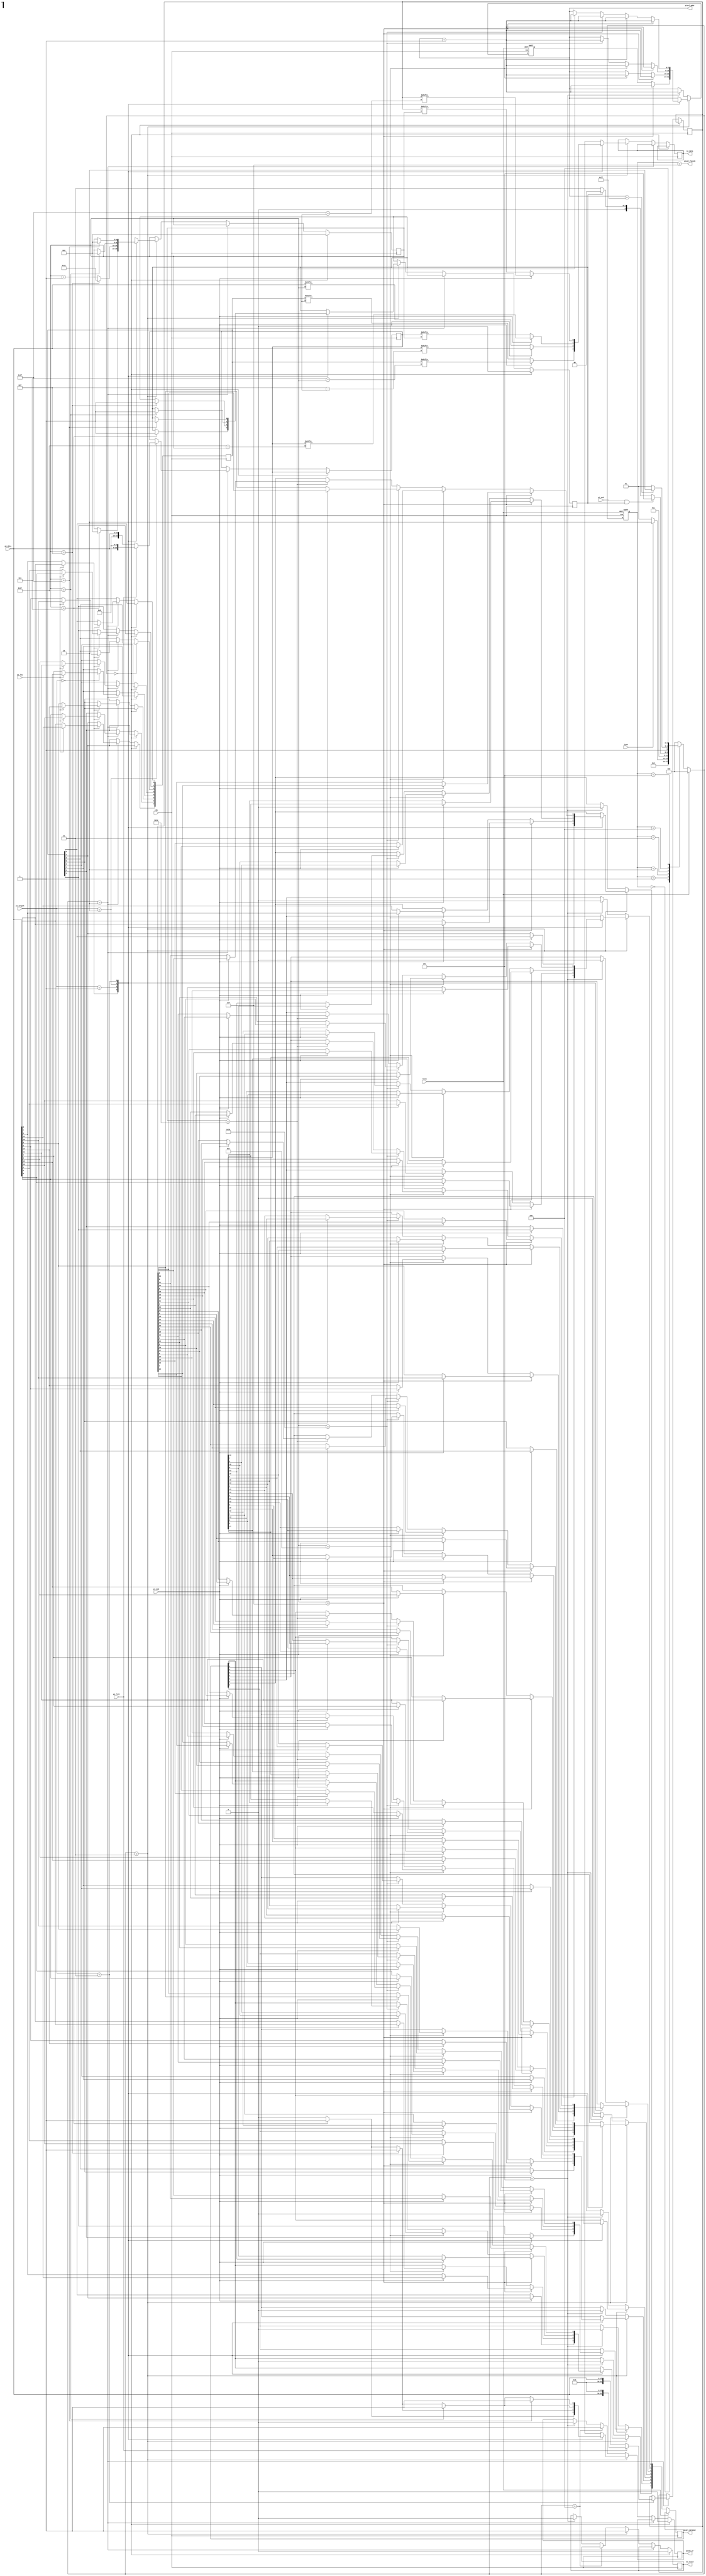
module STI_DAC(clk ,reset, load, pi_data, pi_length, pi_fill, pi_msb, pi_low, pi_end,
	       so_data, so_valid,
	       pixel_finish, pixel_dataout, pixel_addr,
	       pixel_wr);

input		clk, reset;
input		load, pi_msb, pi_low, pi_end; 
input	[15:0]	pi_data;
input	[1:0]	pi_length;
input		pi_fill;
output reg	so_data, so_valid;

output  pixel_finish;
output reg pixel_wr;
output reg [7:0] pixel_addr;
output reg [7:0] pixel_dataout;

//==============================================================================

reg [2:0]state, next_state;
parameter IDLE = 3'd0,
	  READ = 3'd1,
	  CAL = 3'd2,
	  STI_OUT = 3'd3,
	  FINISH_0 = 3'd4,
	  TEST = 3'd5,
	  FINISH = 3'd6;

// reg pi_fill, pi_msb, pi_low;
// reg [1:0] pi_length;

reg [7:0] _8bits_data;
// reg [15:0] pi_data;
reg [23:0] _24bits_data;
reg [31:0] _32bits_data;
reg [4:0] counter;
reg done;

// assign pixel_wr  = (counter == 7 || counter == 15 || counter == 23 || counter == 31 || state == FINISH_0);
assign pixel_finish = (state == FINISH);


always@(posedge clk or posedge reset)begin
    if(reset)
        state <= IDLE;
    else 
        state <= next_state;
end

always@(*)begin
    if(reset)
        next_state = IDLE;
    else begin
        case(state)
            IDLE:
                next_state = READ;
            READ:begin
               if(load == 1) next_state = CAL;
			   else next_state = READ;  
            end
            CAL:begin
				next_state = STI_OUT;
            end 
            STI_OUT:begin
                if(pi_end == 1 && done == 1) next_state = TEST;
				else if(done == 1) next_state = IDLE;
				else next_state = STI_OUT;
			end
			FINISH_0:begin
				if(pixel_addr == 255) next_state = FINISH;
				else next_state = TEST;
			end
			TEST:	next_state = FINISH_0;
            default:    next_state = IDLE;
        endcase	
    end 
end


//pi_data INPUT
always@(posedge clk)begin
	if(next_state == IDLE)begin
		so_valid <= 0;
		counter <= 0;
		done <= 0;
		pixel_wr <= 0;
	end
	// else if(next_state == READ)begin
	// 	// pi_data <= pi_data;
	// 	// pi_length <= pi_length;
	// 	// pi_fill <= pi_fill;	//CAL && (24bits or 32 bits)
	// 	// pi_msb <= pi_msb;		//OUT
	// 	// pi_low <= pi_low;		//CAL && 8bits
	// 	done <= 0;
	// end
	else if(next_state == CAL)begin
		case(pi_length)
			0:begin	//8
				if(pi_low == 1)begin
					_8bits_data[0] <= pi_data[8];
					_8bits_data[1] <= pi_data[9];
					_8bits_data[2] <= pi_data[10];
					_8bits_data[3] <= pi_data[11];
					_8bits_data[4] <= pi_data[12];
					_8bits_data[5] <= pi_data[13];
					_8bits_data[6] <= pi_data[14];
					_8bits_data[7] <= pi_data[15];
				end
				else begin
					_8bits_data[0] <= pi_data[0];
					_8bits_data[1] <= pi_data[1];
					_8bits_data[2] <= pi_data[2];
					_8bits_data[3] <= pi_data[3];
					_8bits_data[4] <= pi_data[4];
					_8bits_data[5] <= pi_data[5];
					_8bits_data[6] <= pi_data[6];
					_8bits_data[7] <= pi_data[7];
				end
			end
			1:begin	//16
				//pi_data <= pi_data;
			end
			2:begin	//24
				if(pi_fill == 1)
					_24bits_data <= {pi_data, 8'd0};
				else 
					_24bits_data <= {8'd0, pi_data};
			end
			3:begin	//32
				if(pi_fill == 1)
					_32bits_data <= {pi_data, 16'd0};
				else 
					_32bits_data <= {16'd0, pi_data};
			end
		endcase
	end
	else if(next_state == STI_OUT)begin
		so_valid <= 1;
		case(pi_length)
			0:begin
				if(pi_msb == 1)
					so_data <= _8bits_data[5'd7-counter];
				else 
					so_data <= _8bits_data[counter];

				if(counter == 7)begin
					done <= 1;
					pixel_wr <= 1;
					// pixel_addr <= pixel_addr + 8'd1;
					counter <= 0;
				end
				else begin
					pixel_wr <= 0;
					counter <= counter + 1;
				end
			end
			1:begin
				if(pi_msb == 1)
					so_data <= pi_data[5'd15-counter];
				else 
					so_data <= pi_data[counter];

				if(counter == 15)begin
					done <= 1;
					pixel_wr <= 1;
					// pixel_addr <= pixel_addr + 8'd1;
					counter <= 17;
				end
				else if(counter == 7)begin
					pixel_wr <= 1;
					// pixel_addr <= pixel_addr + 8'd1;
					counter <= counter + 1;
				end
				else begin
					pixel_wr <= 0;
					counter <= counter + 1;
				end
			end
			2:begin
				if(pi_msb == 1)
					so_data <= _24bits_data[5'd23-counter];
				else 
					so_data <= _24bits_data[counter];

				if(counter == 23)begin
					done <= 1;
					pixel_wr <= 1;
					// pixel_addr <= pixel_addr + 8'd1;
					counter <= 0;
				end
				else if(counter == 15)begin
					pixel_wr <= 1;
					// pixel_addr <= pixel_addr + 8'd1;
					counter <= counter + 1;
				end
				else if(counter == 7)begin
					pixel_wr <= 1;
					// pixel_addr <= pixel_addr + 8'd1;
					counter <= counter + 1;
				end
				else begin
					pixel_wr <= 0;
					counter <= counter + 1;
				end
			end
			3:begin
				if(pi_msb == 1)
					so_data <= _32bits_data[5'd31-counter];
				else 
					so_data <= _32bits_data[counter];

				if(counter == 31)begin
					done <= 1;
					pixel_wr <= 1;
					// pixel_addr <= pixel_addr + 8'd1;
					counter <= 0;
				end
				else if(counter == 23)begin
					pixel_wr <= 1;
					// pixel_addr <= pixel_addr + 8'd1;
					counter <= counter + 1;
				end
				else if(counter == 15)begin
					pixel_wr <= 1;
					// pixel_addr <= pixel_addr + 8'd1;
					counter <= counter + 1;
				end
				else if(counter == 7)begin
					pixel_wr <= 1;
					// pixel_addr <= pixel_addr + 8'd1;
					counter <= counter + 1;
				end
				else begin 
					pixel_wr <= 0;
					counter <= counter + 1;
				end
			end
		endcase
	end
	else if(next_state == FINISH_0)begin
		
		pixel_wr <= 1;
		// pixel_addr <= pixel_addr + 8'd1;
	end
	else if(next_state == TEST)begin
		pixel_wr <= 0;
		so_valid <= 0;
	end
end

always@(posedge clk or posedge reset)begin
	if(reset)
		pixel_addr <= 8'd255;
	else begin
		if(next_state == STI_OUT)begin
			case(pi_length)
				0:begin
					if(pi_msb == 1)begin
						pixel_dataout[0] <= _8bits_data[0];
						pixel_dataout[1] <= _8bits_data[1];
						pixel_dataout[2] <= _8bits_data[2];
						pixel_dataout[3] <= _8bits_data[3];
						pixel_dataout[4] <= _8bits_data[4];
						pixel_dataout[5] <= _8bits_data[5];
						pixel_dataout[6] <= _8bits_data[6];
						pixel_dataout[7] <= _8bits_data[7];
					end
					else begin
						pixel_dataout[0] <= _8bits_data[7];
						pixel_dataout[1] <= _8bits_data[6];
						pixel_dataout[2] <= _8bits_data[5];
						pixel_dataout[3] <= _8bits_data[4];
						pixel_dataout[4] <= _8bits_data[3];
						pixel_dataout[5] <= _8bits_data[2];
						pixel_dataout[6] <= _8bits_data[1];
						pixel_dataout[7] <= _8bits_data[0];
					end
					if(counter == 6)
						pixel_addr <= pixel_addr + 8'd1;
				end
				1:begin
					if(counter == 6)begin
						if(pi_msb == 1)begin
							pixel_dataout[0] <= pi_data[8];
							pixel_dataout[1] <= pi_data[9];
							pixel_dataout[2] <= pi_data[10];
							pixel_dataout[3] <= pi_data[11];
							pixel_dataout[4] <= pi_data[12];
							pixel_dataout[5] <= pi_data[13];
							pixel_dataout[6] <= pi_data[14];
							pixel_dataout[7] <= pi_data[15];
						end
						else begin
							pixel_dataout[0] <= pi_data[7];
							pixel_dataout[1] <= pi_data[6];
							pixel_dataout[2] <= pi_data[5];
							pixel_dataout[3] <= pi_data[4];
							pixel_dataout[4] <= pi_data[3];
							pixel_dataout[5] <= pi_data[2];
							pixel_dataout[6] <= pi_data[1];
							pixel_dataout[7] <= pi_data[0];
						end
						pixel_addr <= pixel_addr + 8'd1;
					end
					else if(counter == 14)begin
						if(pi_msb == 1)begin
							pixel_dataout[0] <= pi_data[0];
							pixel_dataout[1] <= pi_data[1];
							pixel_dataout[2] <= pi_data[2];
							pixel_dataout[3] <= pi_data[3];
							pixel_dataout[4] <= pi_data[4];
							pixel_dataout[5] <= pi_data[5];
							pixel_dataout[6] <= pi_data[6];
							pixel_dataout[7] <= pi_data[7];
						end
						else begin
							pixel_dataout[0] <= pi_data[15];
							pixel_dataout[1] <= pi_data[14];
							pixel_dataout[2] <= pi_data[13];
							pixel_dataout[3] <= pi_data[12];
							pixel_dataout[4] <= pi_data[11];
							pixel_dataout[5] <= pi_data[10];
							pixel_dataout[6] <= pi_data[9];
							pixel_dataout[7] <= pi_data[8];
						end
						pixel_addr <= pixel_addr + 8'd1;
					end
				end
				2:begin
					if(counter == 6)begin
						if(pi_msb == 1)begin
							pixel_dataout[0] <= _24bits_data[16];
							pixel_dataout[1] <= _24bits_data[17];
							pixel_dataout[2] <= _24bits_data[18];
							pixel_dataout[3] <= _24bits_data[19];
							pixel_dataout[4] <= _24bits_data[20];
							pixel_dataout[5] <= _24bits_data[21];
							pixel_dataout[6] <= _24bits_data[22];
							pixel_dataout[7] <= _24bits_data[23];
						end
						else begin
							pixel_dataout[0] <= _24bits_data[7];
							pixel_dataout[1] <= _24bits_data[6];
							pixel_dataout[2] <= _24bits_data[5];
							pixel_dataout[3] <= _24bits_data[4];
							pixel_dataout[4] <= _24bits_data[3];
							pixel_dataout[5] <= _24bits_data[2];
							pixel_dataout[6] <= _24bits_data[1];
							pixel_dataout[7] <= _24bits_data[0];
						end
						pixel_addr <= pixel_addr + 8'd1;
					end
					else if(counter == 14)begin
						if(pi_msb == 1)begin
							pixel_dataout[0] <= _24bits_data[8];
							pixel_dataout[1] <= _24bits_data[9];
							pixel_dataout[2] <= _24bits_data[10];
							pixel_dataout[3] <= _24bits_data[11];
							pixel_dataout[4] <= _24bits_data[12];
							pixel_dataout[5] <= _24bits_data[13];
							pixel_dataout[6] <= _24bits_data[14];
							pixel_dataout[7] <= _24bits_data[15];
						end
						else begin
							pixel_dataout[0] <= _24bits_data[15];
							pixel_dataout[1] <= _24bits_data[14];
							pixel_dataout[2] <= _24bits_data[13];
							pixel_dataout[3] <= _24bits_data[12];
							pixel_dataout[4] <= _24bits_data[11];
							pixel_dataout[5] <= _24bits_data[10];
							pixel_dataout[6] <= _24bits_data[9];
							pixel_dataout[7] <= _24bits_data[8];
						end
						pixel_addr <= pixel_addr + 8'd1;
					end
					else if(counter == 22)begin
						if(pi_msb == 1)begin
							pixel_dataout[0] <= _24bits_data[0];
							pixel_dataout[1] <= _24bits_data[1];
							pixel_dataout[2] <= _24bits_data[2];
							pixel_dataout[3] <= _24bits_data[3];
							pixel_dataout[4] <= _24bits_data[4];
							pixel_dataout[5] <= _24bits_data[5];
							pixel_dataout[6] <= _24bits_data[6];
							pixel_dataout[7] <= _24bits_data[7];
						end
						else begin
							pixel_dataout[0] <= _24bits_data[23];
							pixel_dataout[1] <= _24bits_data[22];
							pixel_dataout[2] <= _24bits_data[21];
							pixel_dataout[3] <= _24bits_data[20];
							pixel_dataout[4] <= _24bits_data[19];
							pixel_dataout[5] <= _24bits_data[18];
							pixel_dataout[6] <= _24bits_data[17];
							pixel_dataout[7] <= _24bits_data[16];
						end
						pixel_addr <= pixel_addr + 8'd1;
					end
				end
				3:begin
					if(counter == 6)begin
						if(pi_msb == 1)begin
							pixel_dataout[0] <= _32bits_data[24];
							pixel_dataout[1] <= _32bits_data[25];
							pixel_dataout[2] <= _32bits_data[26];
							pixel_dataout[3] <= _32bits_data[27];
							pixel_dataout[4] <= _32bits_data[28];
							pixel_dataout[5] <= _32bits_data[29];
							pixel_dataout[6] <= _32bits_data[30];
							pixel_dataout[7] <= _32bits_data[31];
						end
						else begin
							pixel_dataout[0] <= _32bits_data[7];
							pixel_dataout[1] <= _32bits_data[6];
							pixel_dataout[2] <= _32bits_data[5];
							pixel_dataout[3] <= _32bits_data[4];
							pixel_dataout[4] <= _32bits_data[3];
							pixel_dataout[5] <= _32bits_data[2];
							pixel_dataout[6] <= _32bits_data[1];
							pixel_dataout[7] <= _32bits_data[0];
						end
						pixel_addr <= pixel_addr + 8'd1;
					end
					else if(counter == 14)begin
						if(pi_msb == 1)begin
							pixel_dataout[0] <= _32bits_data[16];
							pixel_dataout[1] <= _32bits_data[17];
							pixel_dataout[2] <= _32bits_data[18];
							pixel_dataout[3] <= _32bits_data[19];
							pixel_dataout[4] <= _32bits_data[20];
							pixel_dataout[5] <= _32bits_data[21];
							pixel_dataout[6] <= _32bits_data[22];
							pixel_dataout[7] <= _32bits_data[23];
						end
						else begin
							pixel_dataout[0] <= _32bits_data[15];
							pixel_dataout[1] <= _32bits_data[14];
							pixel_dataout[2] <= _32bits_data[13];
							pixel_dataout[3] <= _32bits_data[12];
							pixel_dataout[4] <= _32bits_data[11];
							pixel_dataout[5] <= _32bits_data[10];
							pixel_dataout[6] <= _32bits_data[9];
							pixel_dataout[7] <= _32bits_data[8];
						end
						pixel_addr <= pixel_addr + 8'd1;
					end
					else if(counter == 22)begin
						if(pi_msb == 1)begin
							pixel_dataout[0] <= _32bits_data[8];
							pixel_dataout[1] <= _32bits_data[9];
							pixel_dataout[2] <= _32bits_data[10];
							pixel_dataout[3] <= _32bits_data[11];
							pixel_dataout[4] <= _32bits_data[12];
							pixel_dataout[5] <= _32bits_data[13];
							pixel_dataout[6] <= _32bits_data[14];
							pixel_dataout[7] <= _32bits_data[15];
						end
						else begin
							pixel_dataout[0] <= _32bits_data[23];
							pixel_dataout[1] <= _32bits_data[22];
							pixel_dataout[2] <= _32bits_data[21];
							pixel_dataout[3] <= _32bits_data[20];
							pixel_dataout[4] <= _32bits_data[19];
							pixel_dataout[5] <= _32bits_data[18];
							pixel_dataout[6] <= _32bits_data[17];
							pixel_dataout[7] <= _32bits_data[16];
						end
						pixel_addr <= pixel_addr + 8'd1;
					end
					else if(counter==30)begin
						if(pi_msb == 1)begin
							pixel_dataout[0] <= _32bits_data[0];
							pixel_dataout[1] <= _32bits_data[1];
							pixel_dataout[2] <= _32bits_data[2];
							pixel_dataout[3] <= _32bits_data[3];
							pixel_dataout[4] <= _32bits_data[4];
							pixel_dataout[5] <= _32bits_data[5];
							pixel_dataout[6] <= _32bits_data[6];
							pixel_dataout[7] <= _32bits_data[7];
						end
						else begin
							pixel_dataout[0] <= _32bits_data[31];
							pixel_dataout[1] <= _32bits_data[30];
							pixel_dataout[2] <= _32bits_data[29];
							pixel_dataout[3] <= _32bits_data[28];
							pixel_dataout[4] <= _32bits_data[27];
							pixel_dataout[5] <= _32bits_data[26];
							pixel_dataout[6] <= _32bits_data[25];
							pixel_dataout[7] <= _32bits_data[24];
						end
						pixel_addr <= pixel_addr + 8'd1;
					end
				end
			endcase
		end
		else if(next_state == TEST)begin
			pixel_dataout <= 8'h00;
			pixel_addr <= pixel_addr + 8'd1;
		end
	end
end

endmodule